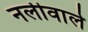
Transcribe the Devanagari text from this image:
नलीवाले